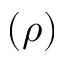
( \rho )